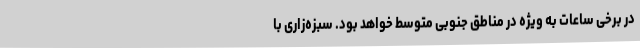
در برخی ساعات به ویژه در مناطق جنوبی متوسط خواهد بود. سبزه‌زاری با